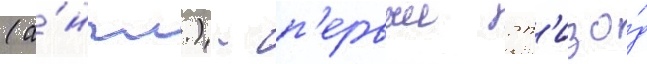
(а́нгл.) - п'ервыи эп'изо́д